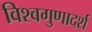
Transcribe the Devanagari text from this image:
विश्वगुणादर्श